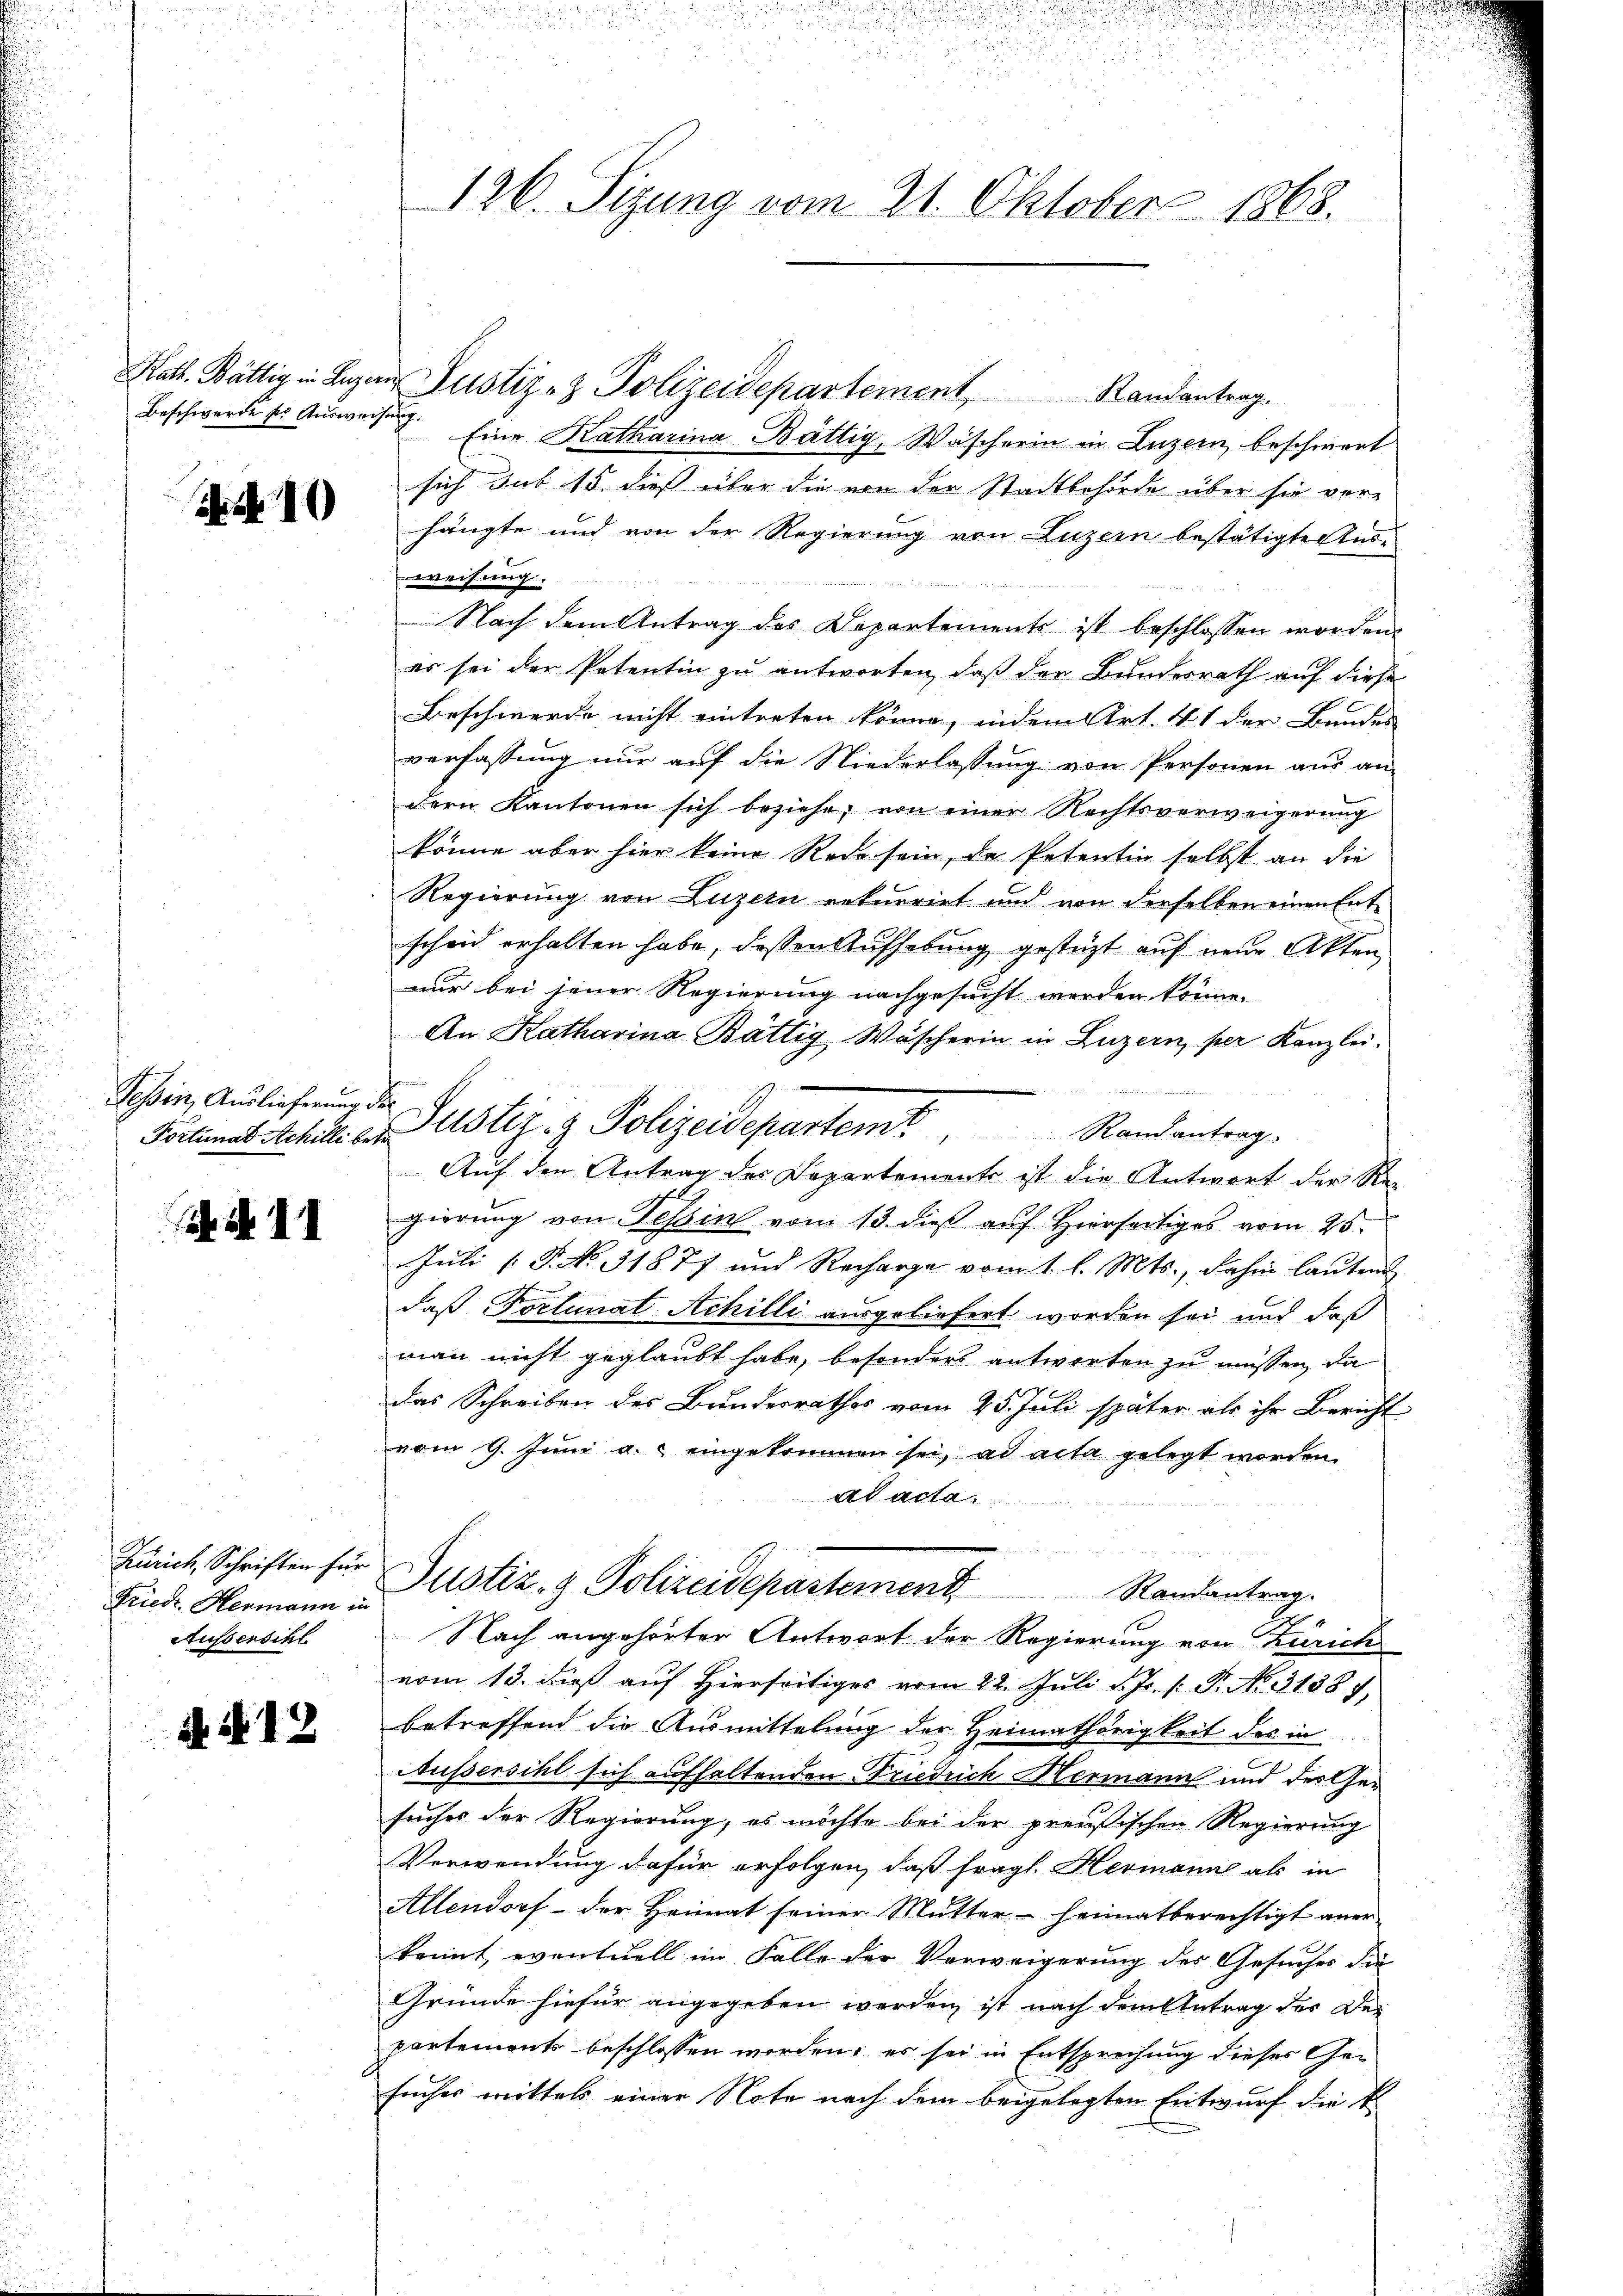
Beschwerde ses Ausweisung

a 10

Tessin, Auslieferung des

S. S. II

Fried, Hermann in
Aussersihl

N. N. 12

Statt. Bättig in Luzern Justiz- & Polizeidepartement Randantrag.
Eine Katharina Bättig, Wascherin in Luzern, beschwert
sich sub 15. dieß über die von der Stadtbehörde über sie ver-
hängte und von der Regierung von Luzern bestätigte Aus-
weisung.
Nach dem Antrag des Departements ist beschlossen worden.
es sei der Petentin zu antworten, daß der Bundesrath auf diese
Beschwerde nicht eintreten könne, indem Art. 41 der Bundes
verfassung nur auf die Niederlassung von Personen aus an
dern Kantonen sich beziehe, von einer Rechtsverweigerung
könne aber hier keine Rede sein, da Petentin selbst an die
Regierung von Luzern rekurrirt und von derselben einen Ent-
scheid erhalten habe, dessen Aufhebung gestüzt auf neuer Akten
nur bei jener Regierung nachgesucht werden könne.
An Katharina Bättig Wäscherin in Luzern, per Kanzlei.

Fatinat Schule u. Justiz- & Polizeidepartemt Randantrag
Auf den Antrag des Departements ist die Antwort der Re-
gierung von Tessin vom 13. dieß auf Hierseitiges vom 25.
Juli [ P. No. 31877 und Recharge vom 1. l. Mts., dahin lautend
daß Tortunal Achilli ausgeliefert worden sei und daß
man nicht geglaubt habe, besonders antworten zu müssen, da
das Schreiben des Bundesrathes vom 25. Juli später als ihr Bericht
vom 9. Juni a. eingekommen sei, ad acta gelegt worden.
ad acta
Zürich, Schriften für Justiz- & Polizeidepartement Randantrag.
Nach angehörter Antwort der Regierung von Zürich
vom 13. dieß auf hierseitiges vom 22. Juli d. Js. v. Pr. No. 3138 f.
betreffend die Ausmittelung der Heimathörigkeit des in
Aussersihl sich aufhaltenden Friedrich Hermann und der Gesuches der Regierung, es möchte bei der preußischen Regierung
Verwendung dafür erfolgen, daß fragt. Hermann als in
Allendorf - der Heimat seiner Mutter heimatberechtigt aner
kannt, eventuell im Falle der Verweigerung des Gesuches die
Gründe hiefür angegeben werden, ist nach dem Antrag der Dei
partements beschlossen worden; es sei in Entsprechung dieses Gesuches mittels einer Nota nach dem beigelegten Entwurf die k.

126. Sizung vom 21. Oktober 1868.